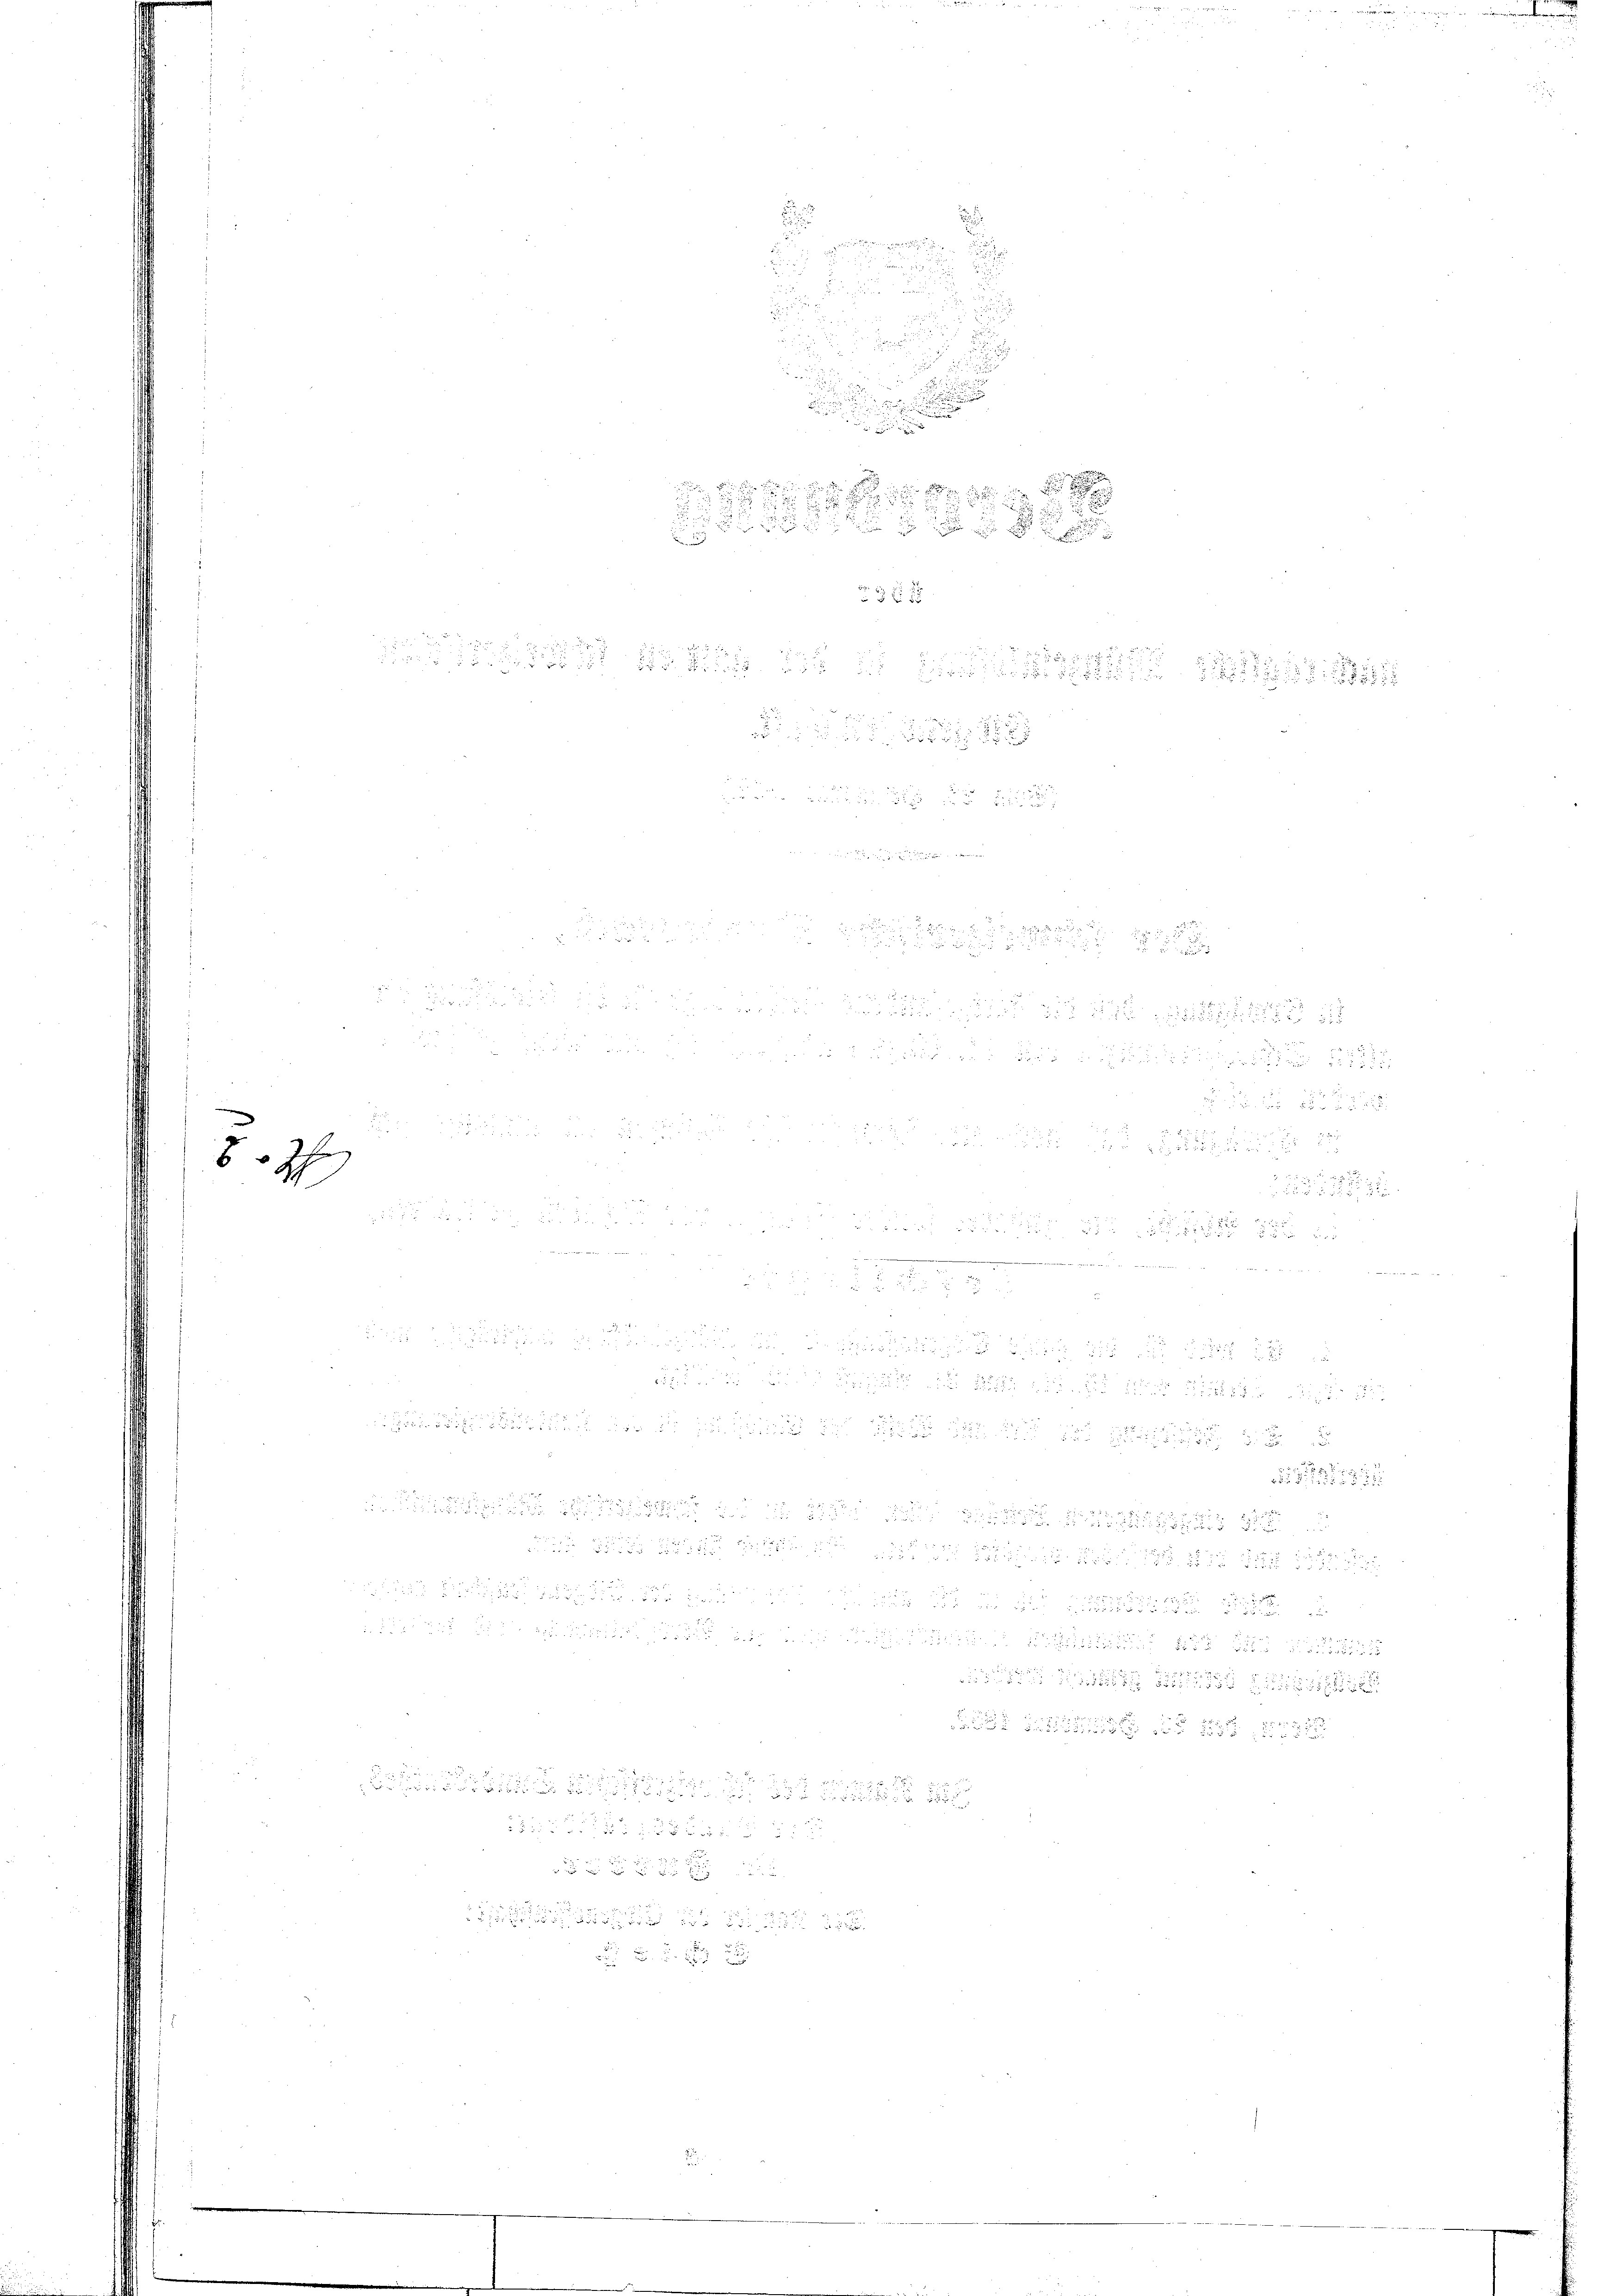
F
8
h

de sein werden sie in sein den die

324

2
i

.
 2

 22.

1
  die die wie der

 2500
 ain einen wir

  in die
 x
7 des er in der

22 x

 , u. die einen

d wie weit in an in                den in den u
1 Art

.
8
55

  xx

2

e
e

eh ist die ich die

12

2. 1

e
5
5

e
.

iren, der verner an der ein